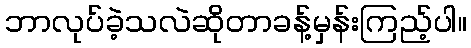
ဘာလုပ်ခဲ့သလဲဆိုတာခန့်မှန်းကြည့်ပါ။